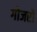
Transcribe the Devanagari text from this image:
गोजरों